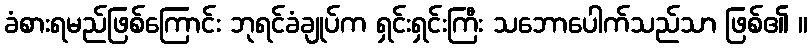
ခံစားရမည်ဖြစ်ကြောင်း ဘုရင်ခံချုပ်က ရှင်းရှင်းကြီး သဘောပေါက်သည်သာ ဖြစ်၏ ။